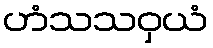
ဟံသသဝှယံ